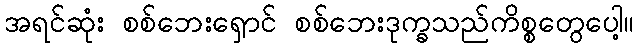
အရင်ဆုံး စစ်ဘေးရှောင် စစ်ဘေးဒုက္ခသည်ကိစ္စတွေပေါ့။